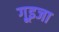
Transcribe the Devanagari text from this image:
गूइजा